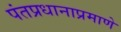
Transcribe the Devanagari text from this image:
पंतप्रधानाप्रमाणे